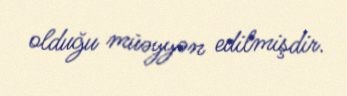
olduğu müəyyən edilmişdir.